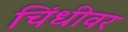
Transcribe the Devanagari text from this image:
चिंधीवर